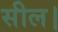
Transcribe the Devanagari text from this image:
सील।